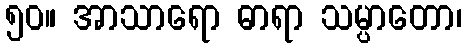
၅၀။ အာသာရော ဓာရာ သမ္ပာတော၊